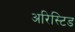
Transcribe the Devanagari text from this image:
अरिस्टिड